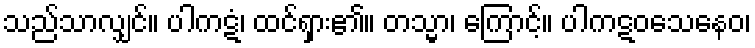
သည်သာလျှင်။ ပါကဋံ၊ ထင်ရှား၏။ တသ္မာ၊ ကြောင့်။ ပါကဋဝသေနေဝ၊